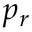
{ { p } _ { r } }